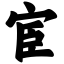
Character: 宦